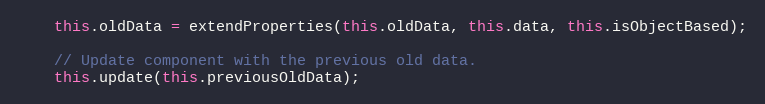
Language: JavaScript
    this.oldData = extendProperties(this.oldData, this.data, this.isObjectBased);

    // Update component with the previous old data.
    this.update(this.previousOldData);